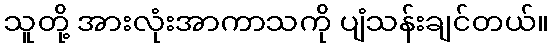
သူတို့ အားလုံးအာကာသကို ပျံသန်းချင်တယ်။